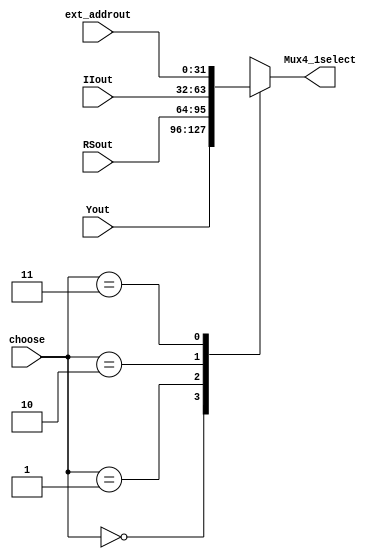
`timescale 1ns / 1ps
//////////////////////////////////////////////////////////////////////////////////
// Company: 
// Engineer: 
// 
// Design Name: 
// Module Name: mux4_1
// Project Name: 
// Target Devices: 
// Tool Versions: 
// Description: 
// 
// Dependencies: 
// 
// Revision:
// Revision 0.01 - File Created
// Additional Comments:
// 
//////////////////////////////////////////////////////////////////////////////////


module mux4_1(
    input[31:0]Yout,
    input [31:0]RSout,
    input [31:0]IIout,
    input [31:0]ext_addrout,
    input [1:0]choose,
    output reg [31:0]Mux4_1select
);
always @(*)
begin
  case (choose)
  2'b00:Mux4_1select<=Yout;
  2'b01:Mux4_1select<=RSout;
  2'b10:Mux4_1select<=IIout;
  2'b11:Mux4_1select<=ext_addrout;
  endcase
end
endmodule